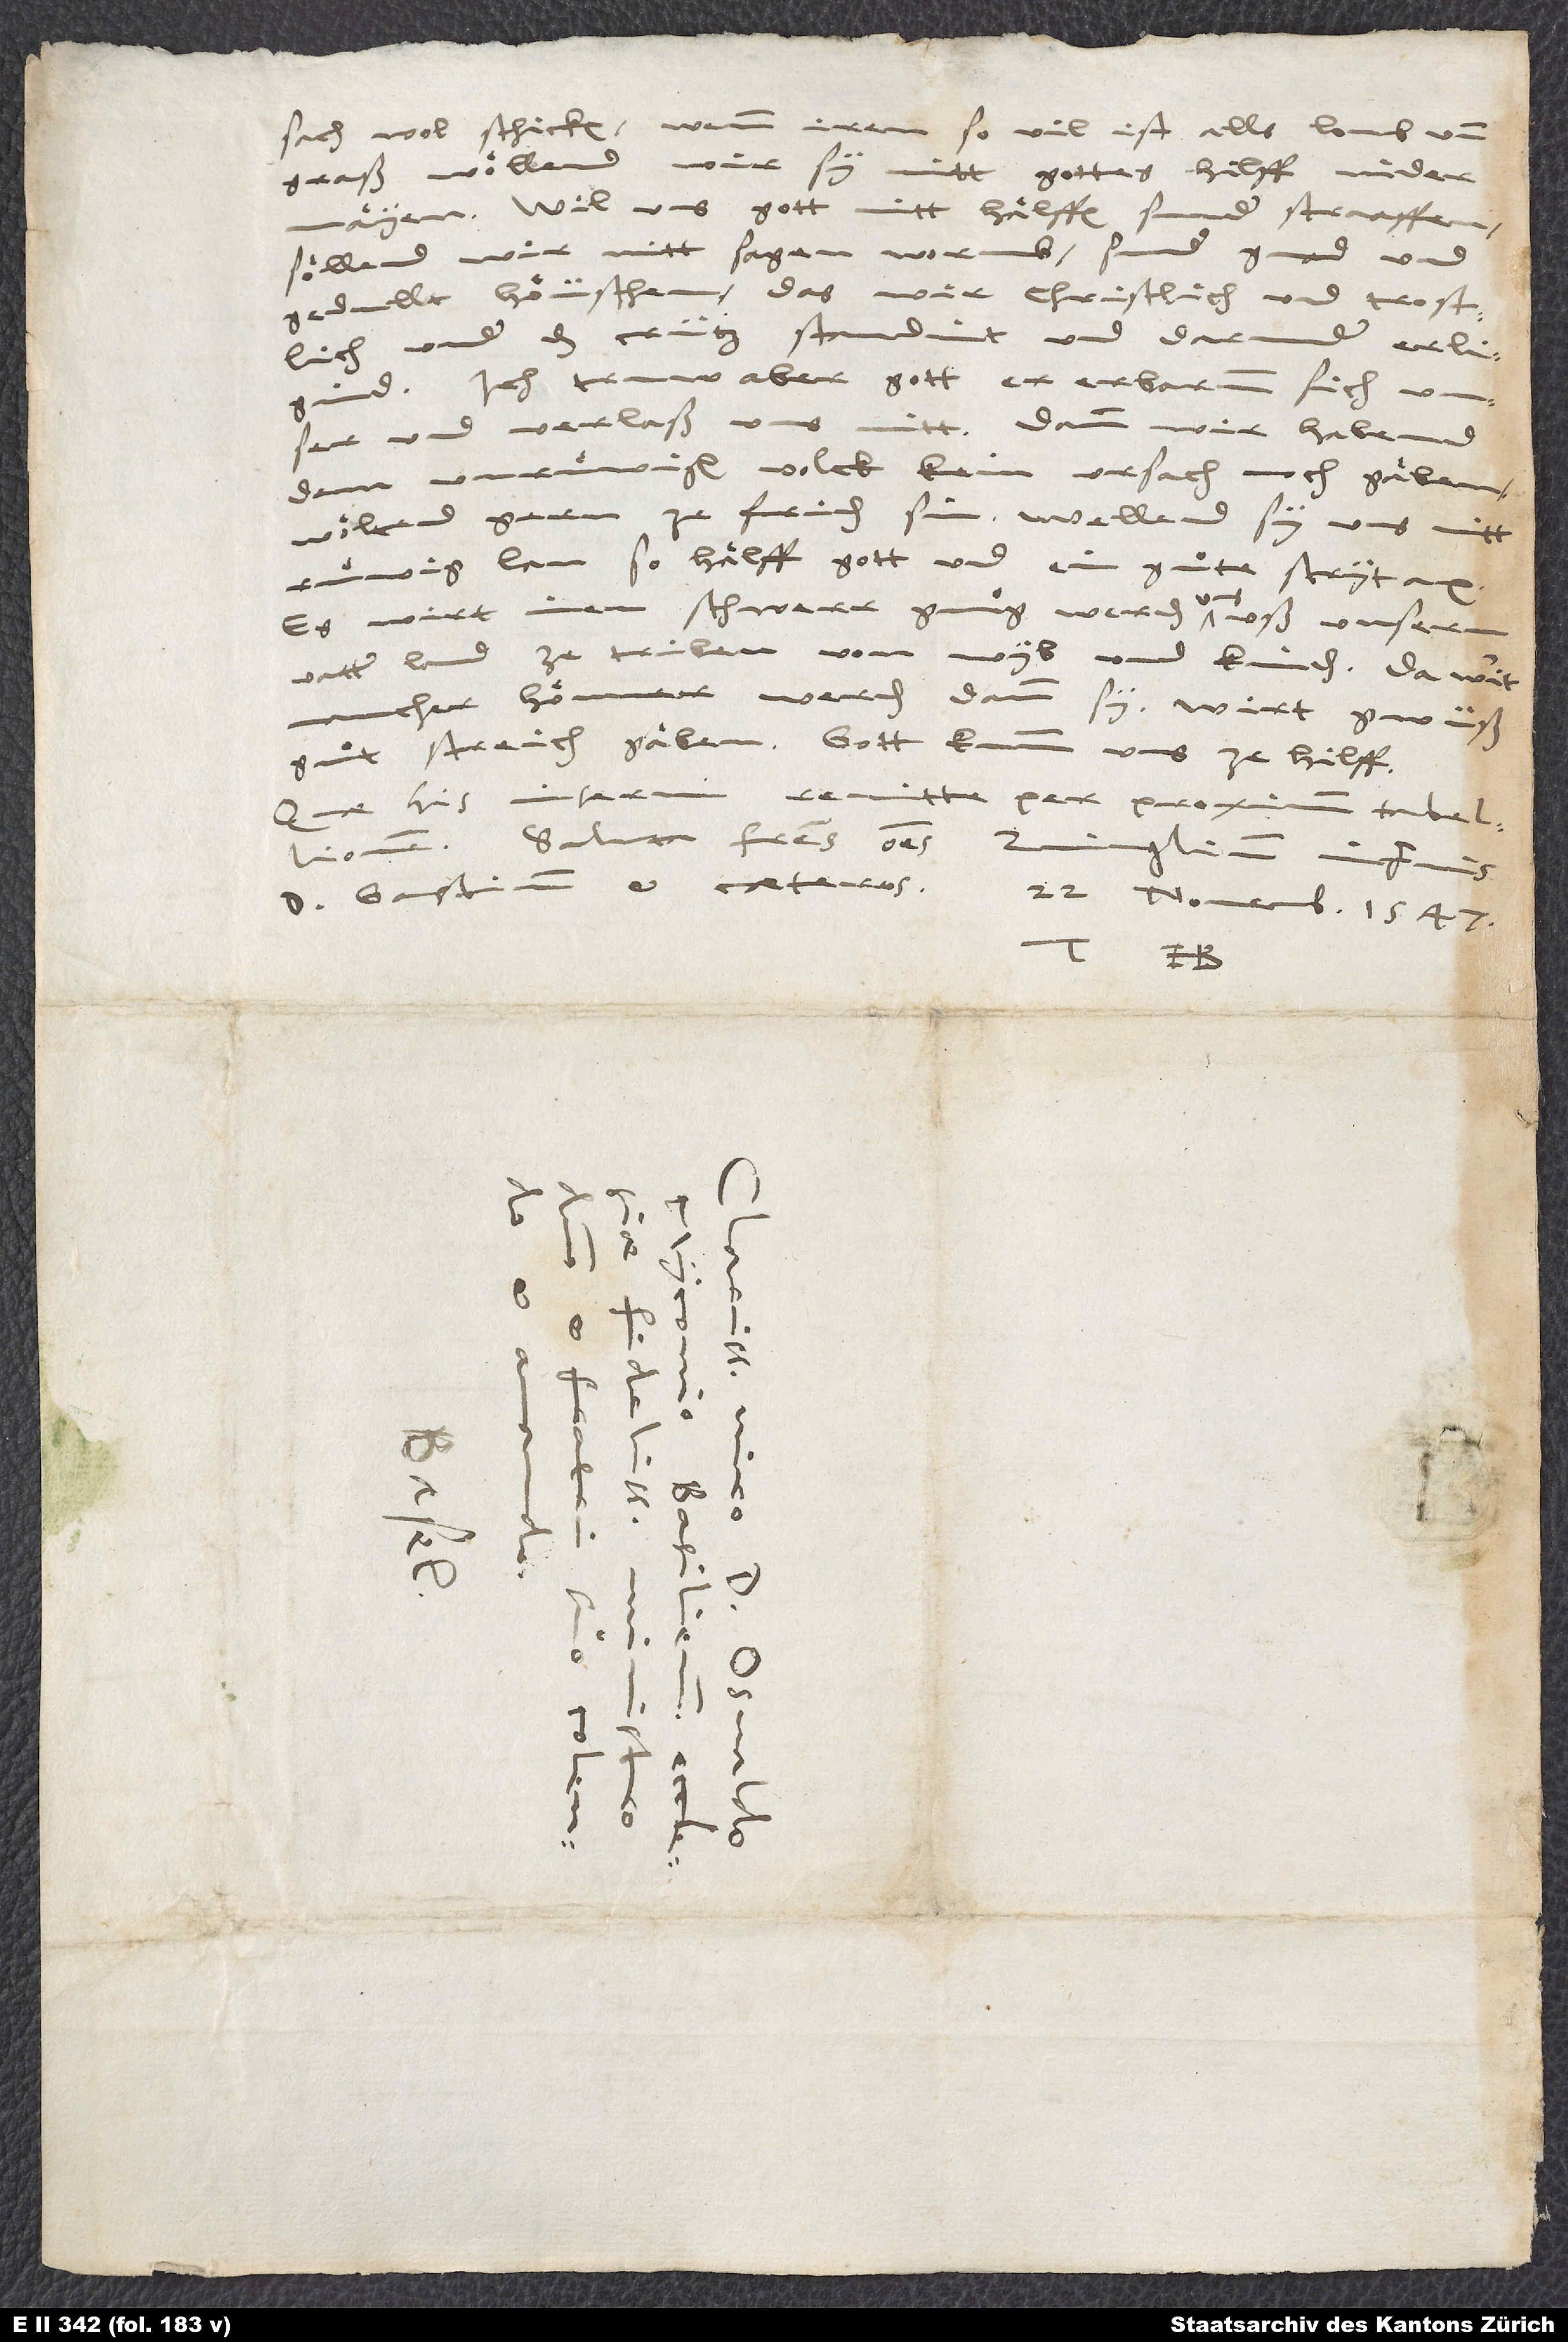
sach wol schicken. Wenn iren so vil ist alls loub und
gras, wöllend wir sy mitt gottes hilff nidermäyen.
Wil uns gott nitt hälffen, sunder straaffen,
söllend wir nitt sagen: „worumb?“, sunder gnad und
gedullt höuschen, das wir christlich und trostlich
under das crütz standint und darunder erligind.
Ich truw aber gott, er erbarmm sich unser
und verlaß uns nitt, dann wir habend
dem unruͤwigen volck kein ursach noch gäben.
Wöltend gern zefriden sin. Wellend sy uns nitt
ruͤwig lan, so hälff gott und ein guͦte strytax!
Es wirt inen schwerr gnuͦg werden, uns uß unserm
vatterland ze triben, von wyb und kinden. Da wirt
mancher hönner werden dann sy. Wirt gwüß
guͦt streich gäben. Gott kumm uns ze hilff!
Quae his inserui, remitte per proximum tabellionem.
Saluta fratres omnes, Zvinglium inprimis,
d. Gastium et caeteros. 22. novembris 1547.
Tuus H.
S.